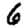
Digit: 6